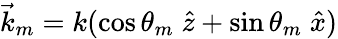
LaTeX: \vec{k}_{m}=k(\cos\theta_{m}\; \hat{z}+\sin\theta_{m}\; \hat{x})